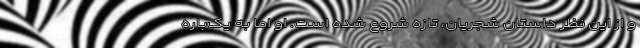
و از این نظر داستان شجریان، تازه شروع شده است. او اما به یک‌‌باره